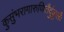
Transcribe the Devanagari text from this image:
कुसुंभरागारुणितैर्दुकूलैः